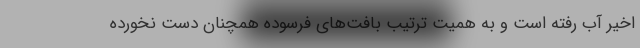
اخیر آب رفته است و به همیت ترتیب بافت‌های فرسوده همچنان دست نخورده